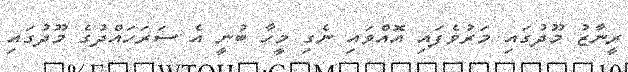
ރީނާޒު މޫދުގައި މަރުވެފައި އޮއްވައި ނެގި މީހާ ބުނީ އެ ސަރަހައްދުގެ މޫދުގައި